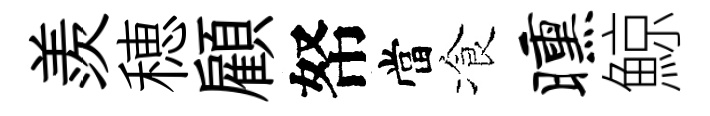
羨穂顧帑當飡曛鯨